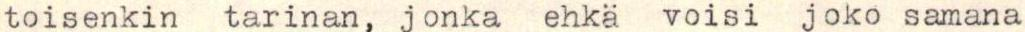
toisenkin tarinan, jonka ehkä voisi  joko samana